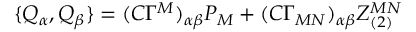
\{ Q _ { \alpha } , Q _ { \beta } \} = ( C \Gamma ^ { M } ) _ { \alpha \beta } P _ { M } + ( C \Gamma _ { M N } ) _ { \alpha \beta } Z _ { ( 2 ) } ^ { M N }